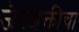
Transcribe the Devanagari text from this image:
जैवशक्तीचा